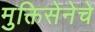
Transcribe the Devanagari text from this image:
मुक्तिसेनेचे